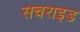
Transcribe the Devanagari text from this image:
सचराइड